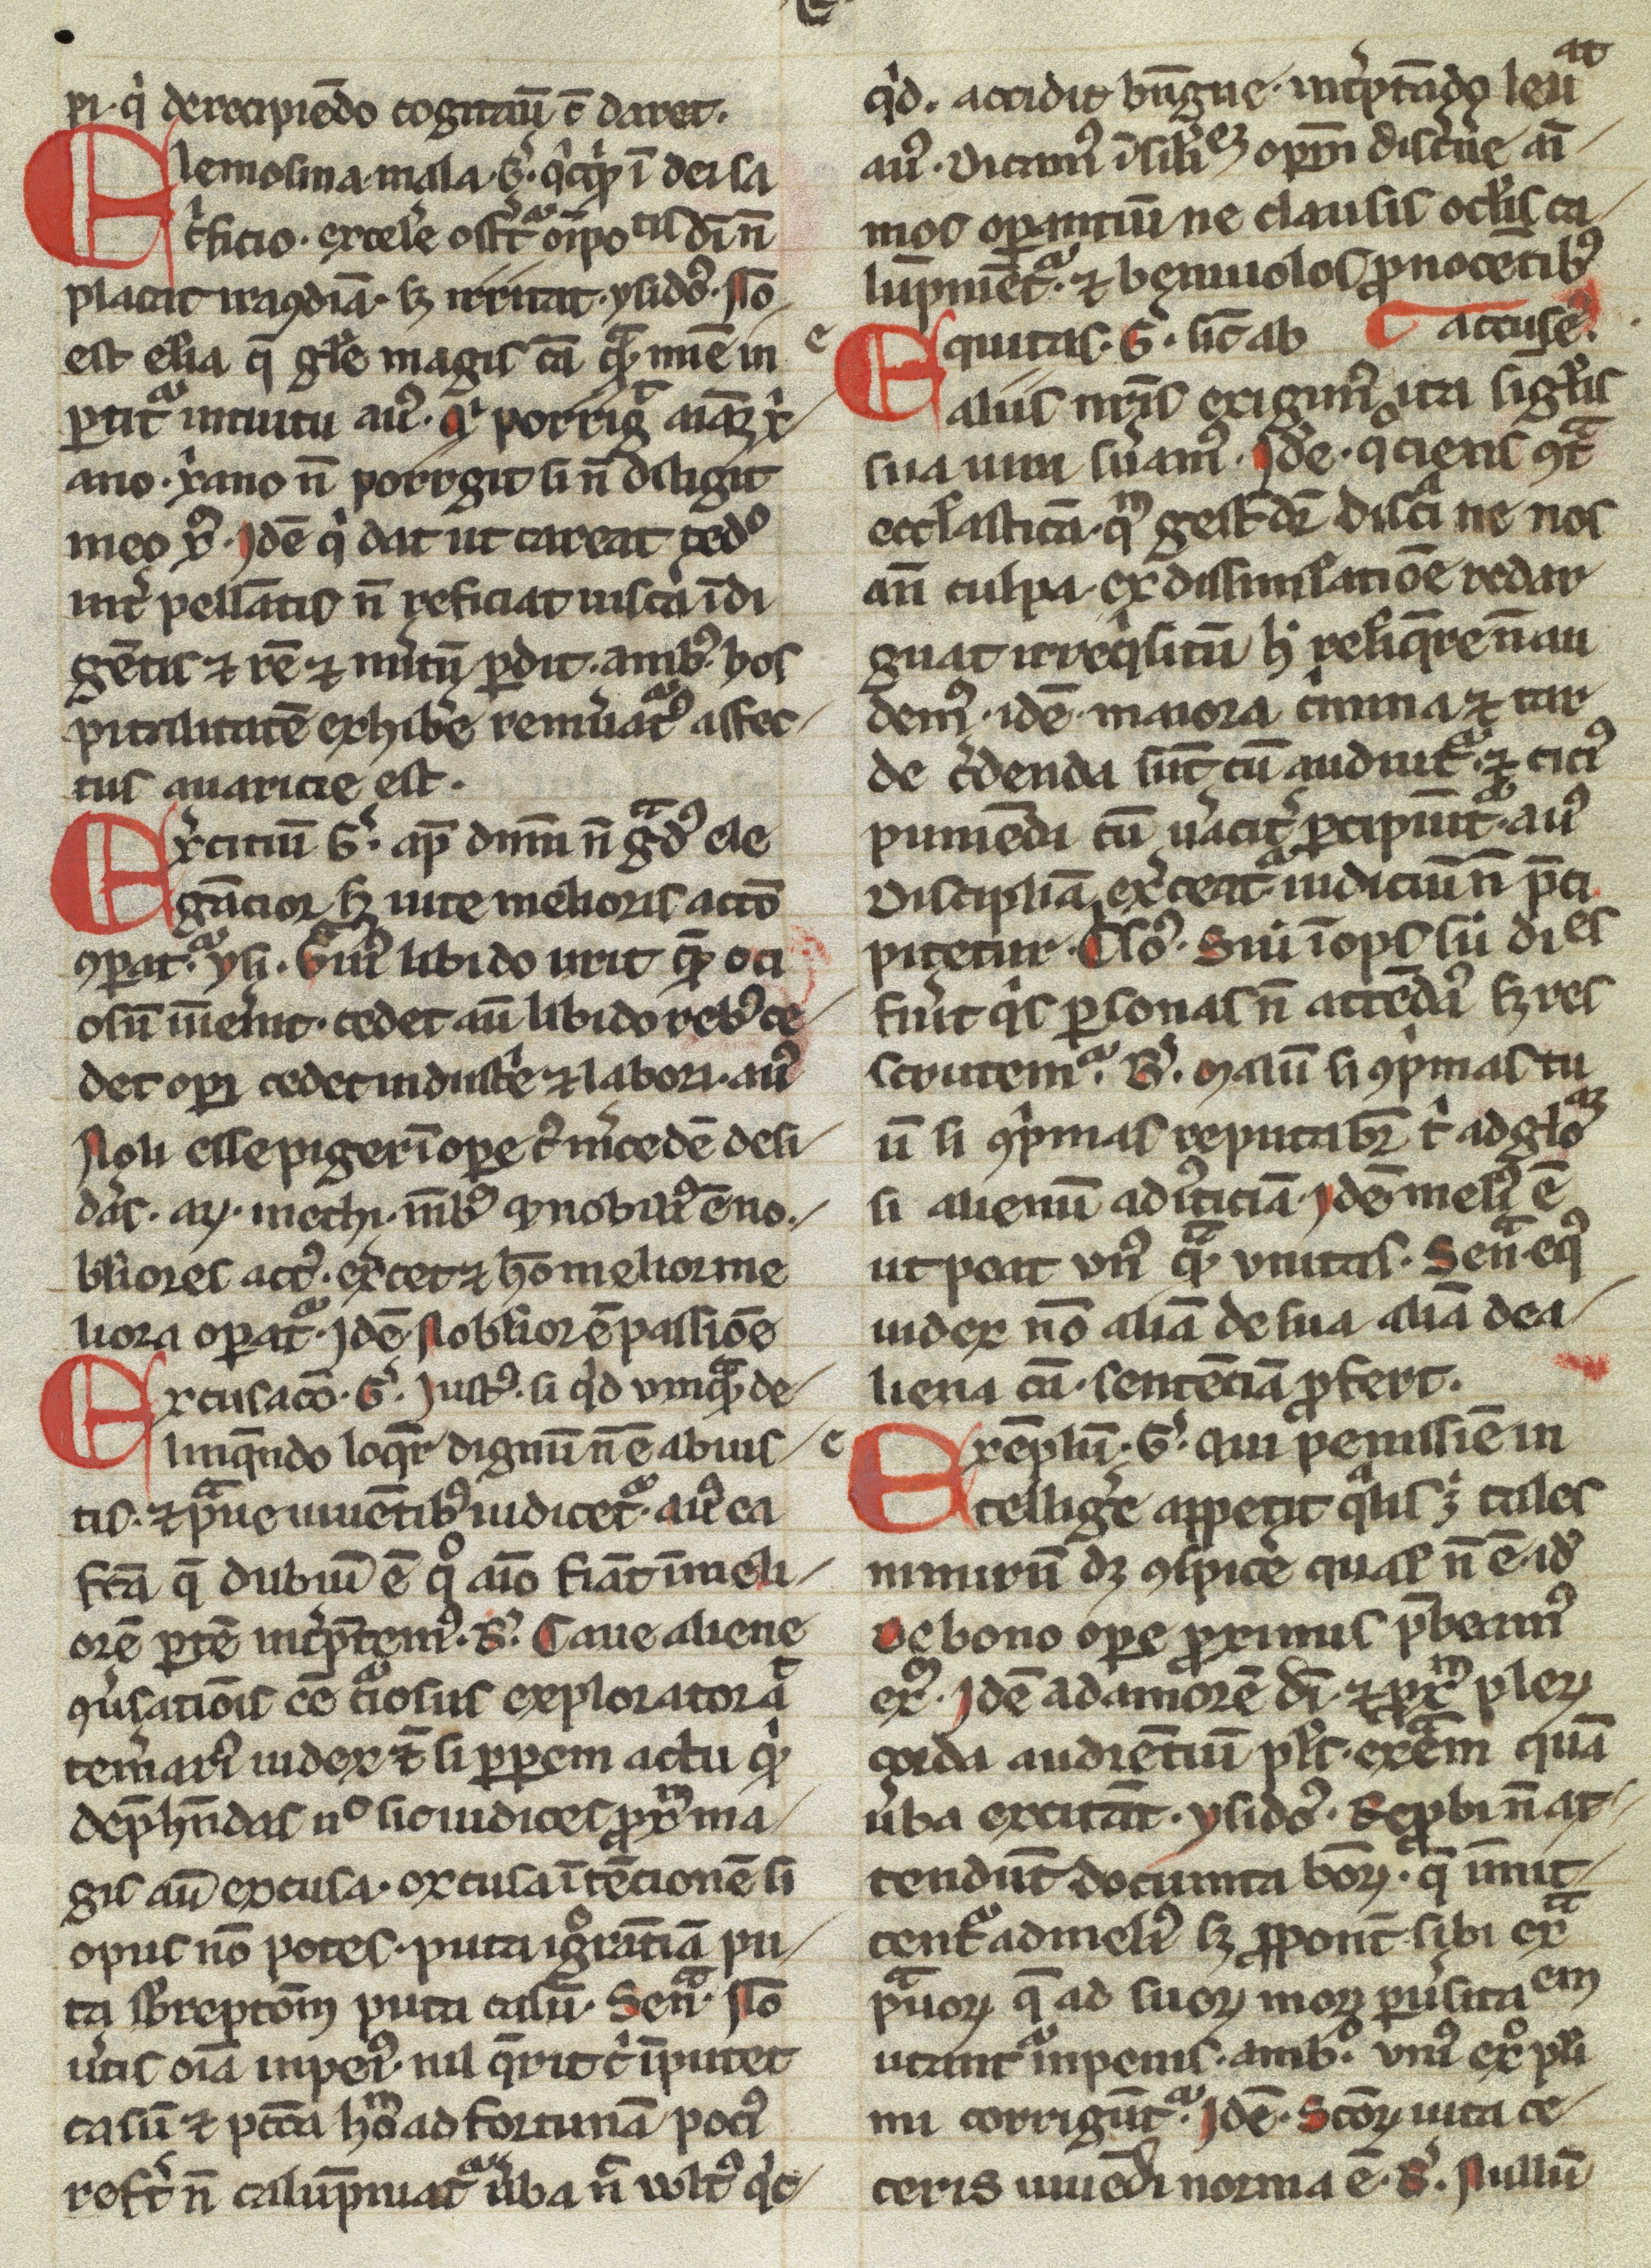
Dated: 1200–1399